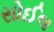
સોઈલ